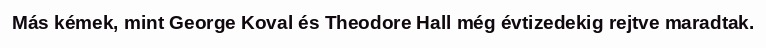
Más kémek, mint George Koval és Theodore Hall még évtizedekig rejtve maradtak.